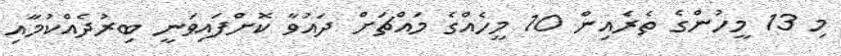
މި 13 މީހުންގެ ތެރެއިން 10 މީހެއްގެ މައްޗަށް ދައުވާ ކޮށްފައިވަނީ ބިރުދެއްކުމާއި